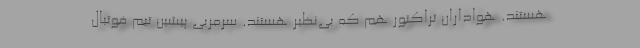
هستند. هواداران تراکتور هم که بی‌نظیر هستند. سرمربی پیشین تیم فوتبال